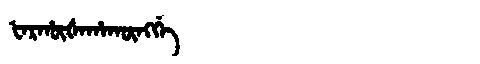
Manchu: ᡶᠠᡵᡥᡡᡧᠠᡥᠠᡴᡡᠩᡤᡝ
Romanization: FARHŪŠAHAKŪNGGE